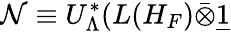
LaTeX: \mathcal{N}\equiv U_{\Lambda}^{*}(L(H_{F})\bar{\otimes}\underline{{{1}}}